Document type: Sale
Year: 1235
Scribe: Pere de Bages
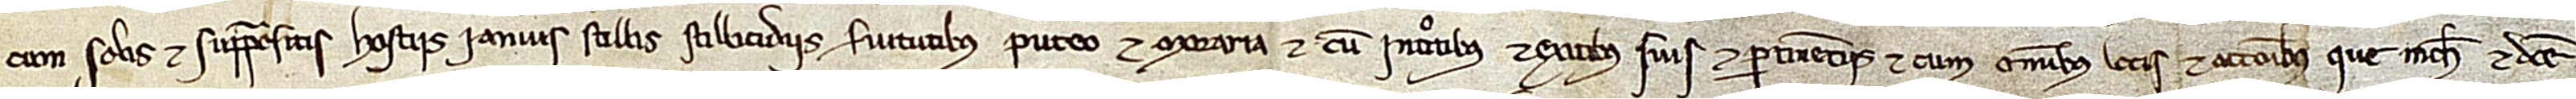
cum solis et suprapositis, hostiis, ianuis, stillis, stillicidiis, servitutibus, puteo et moraria, et cum introitibus et exitibus suis et pertinenciis, et cum omnibus locis et accionibus que michi  et dicte